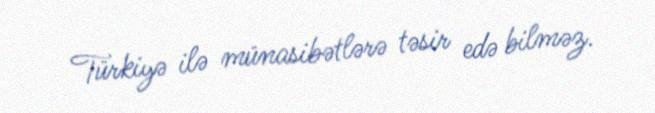
Türkiyə ilə münasibətlərə təsir edə bilməz.